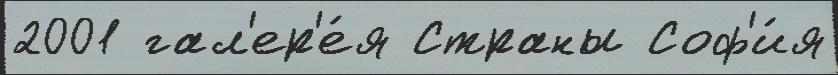
2001 гал'ер'е́я Страны Соф'и́я